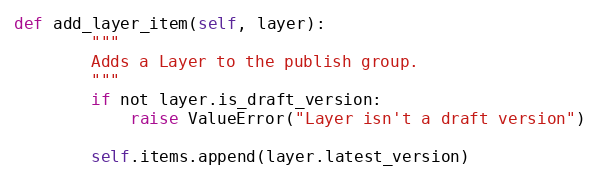
Language: Python
def add_layer_item(self, layer):
        """
        Adds a Layer to the publish group.
        """
        if not layer.is_draft_version:
            raise ValueError("Layer isn't a draft version")

        self.items.append(layer.latest_version)